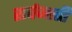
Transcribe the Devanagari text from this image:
सर्पजाती